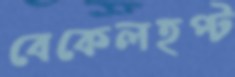
বেকেলহপ্ট